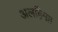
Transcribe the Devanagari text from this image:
अलहिमाा